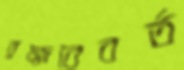
ব্রহ্মবৈবর্ত